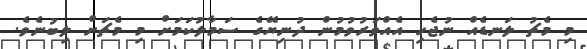
މި މެޗު ލަނޑެއް ނުޖެހި އެއްވަރުވުމުން ދުނިޔޭގެ ސަމާލުަކަމަށް މި މެޗަށް ލިބުނެވެ.